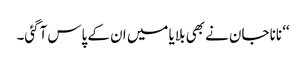
‘‘ نانا جان نے بھی بلایا میں ان کے پاس آگئی۔